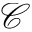
\mathcal { C }